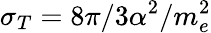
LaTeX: \sigma_{T}=8\pi/3\alpha^{2}/m_{e}^{2}